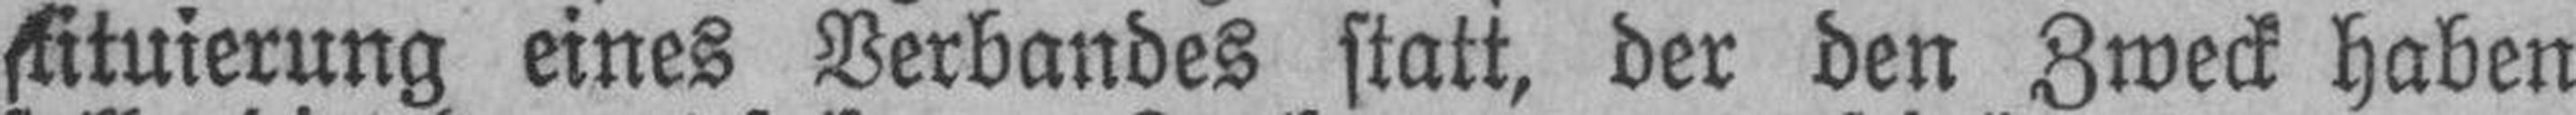
stituierung eines Verbandes statt, der den Zweck haben